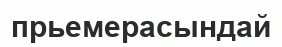
прьемерасындай